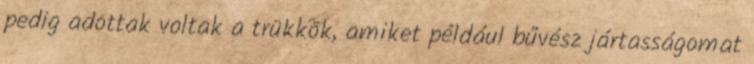
pedig adottak voltak a trükkök, amiket például bűvész jártasságomat